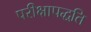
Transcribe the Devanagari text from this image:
परीक्षापद्धति